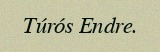
Túrós Endre.